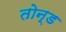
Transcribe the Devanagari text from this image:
तोन्ड